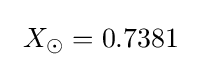
\ X_{\odot }=0.7381\